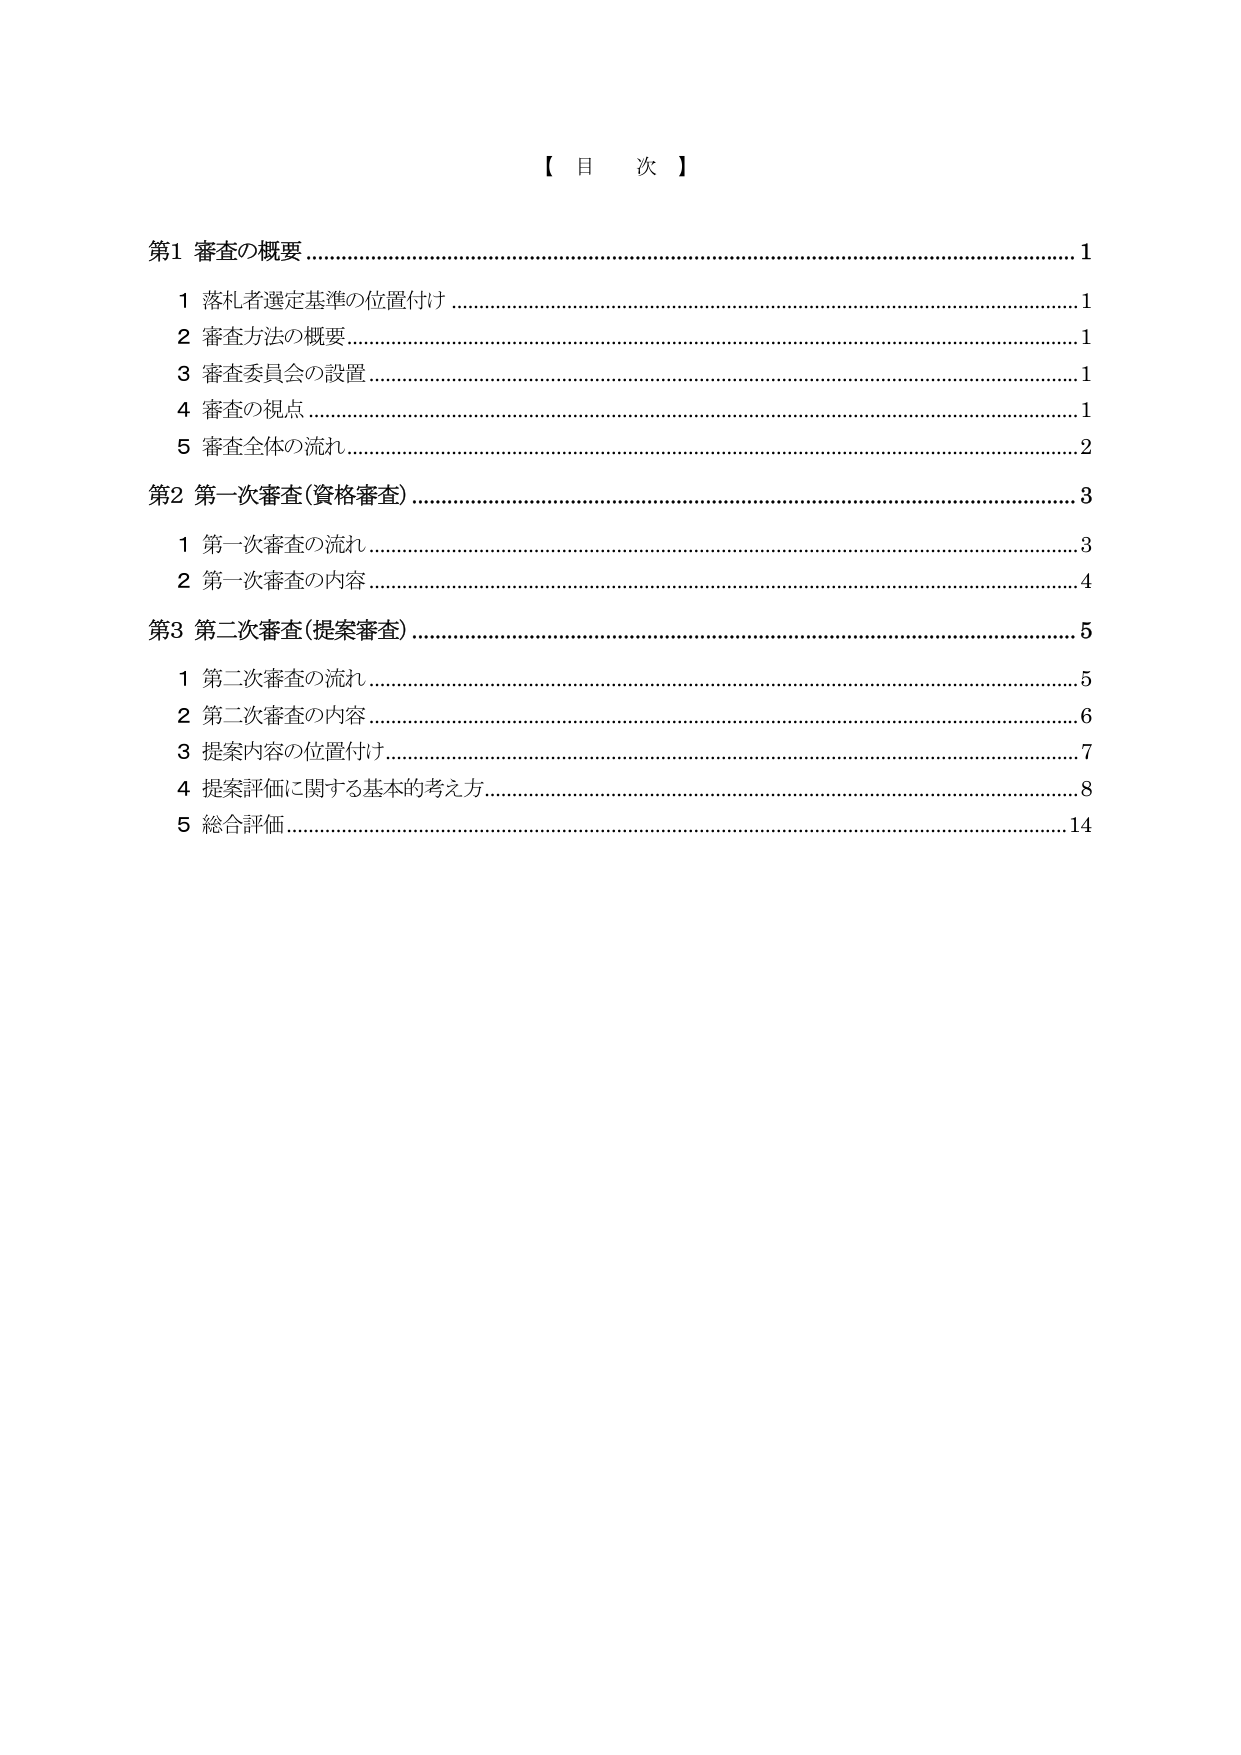
【 目 次 】

第1 審査の概要................................................................................................................... 1
　1 落札者選定基準の位置付け........................................................................................... 1
　2 審査方法の概要.............................................................................................................. 1
　3 審査委員会の設置........................................................................................................... 1
　4 審査の視点..................................................................................................................... 1
　5 審査全体の流れ.............................................................................................................. 2

第2 第一次審査（資格審査）........................................................................................... 3
　1 第一次審査の流れ.......................................................................................................... 3
　2 第一次審査の内容.......................................................................................................... 4

第3 第二次審査（提案審査）........................................................................................... 5
　1 第二次審査の流れ.......................................................................................................... 5
　2 第二次審査の内容.......................................................................................................... 6
　3 提案内容の位置付け...................................................................................................... 7
　4 提案評価に関する基本的考え方................................................................................... 8
　5 総合評価......................................................................................................................... 14